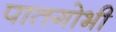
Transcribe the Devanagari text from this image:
पातगोभी